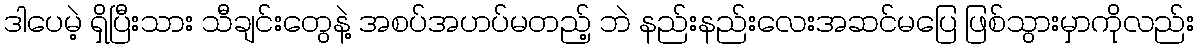
ဒါပေမဲ့ ရှိပြီးသား သီချင်းတွေနဲ့ အစပ်အဟပ်မတည့် ဘဲ နည်းနည်းလေးအဆင်မပြေ ဖြစ်သွားမှာကိုလည်း